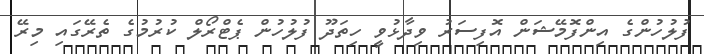
ފުލުހުންގެ އިންފޮމޭޝަން އޮފިސަރު ވިދާޅުވީ ހިތަދޫ ފުލުހުން ޕެޓްރޯލް ކުރުމުގެ ތެރޭގައި މިރޭ